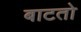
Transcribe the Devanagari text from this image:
बाटतो